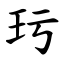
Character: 㺮